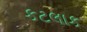
કટલાક